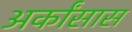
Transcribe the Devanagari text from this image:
अर्कांसास